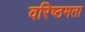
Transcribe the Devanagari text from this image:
वरिष्ठमता